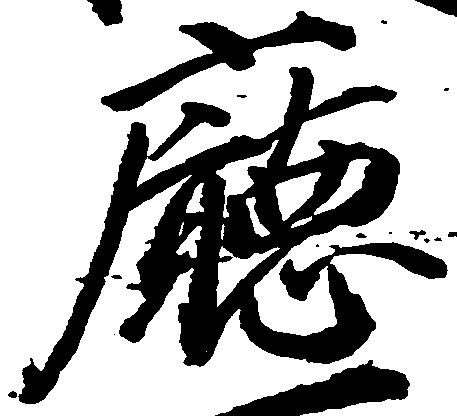
庁